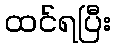
ထင်ရပြီး